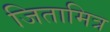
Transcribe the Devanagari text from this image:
जितामित्र